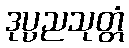
ဒုပ္ပညသုတ္တံ